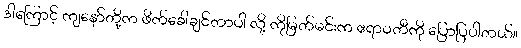
ဒါကြောင့် ကျနော်တို့က ဖိတ်ခေါ်ချင်တာပါ လို့ ကိုမြတ်မင်းက ဧရာဝတီကို ပြောပြပါတယ်။